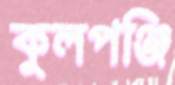
কুলপঞ্জি